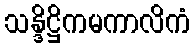
သန္ဒိဋ္ဌိကမကာလိကံ